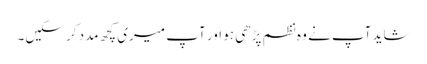
شاید آپ نے وہ نظم پڑھی ہو اور آپ میری کچھ مدد کر سکیں۔